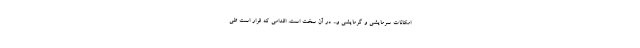
امکانات سرمایشی و گرمایشی و... در آن سخت است. اقدامی که قرار است طی